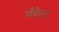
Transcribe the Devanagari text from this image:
ग्रैंडेसा